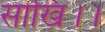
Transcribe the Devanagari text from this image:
साखि।।